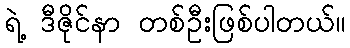
ရဲ့ ဒီဇိုင်နာ တစ်ဦးဖြစ်ပါတယ်။